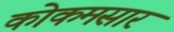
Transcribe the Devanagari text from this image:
कोकमसार